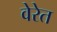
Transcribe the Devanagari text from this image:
वेरेत